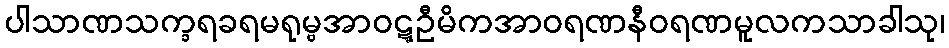
ပါသာဏသက္ခရခရမရုမ္ဗအာဝဋ္ဋဦမိကအာဝရဏနီဝရဏမူလကသာခါသု၊